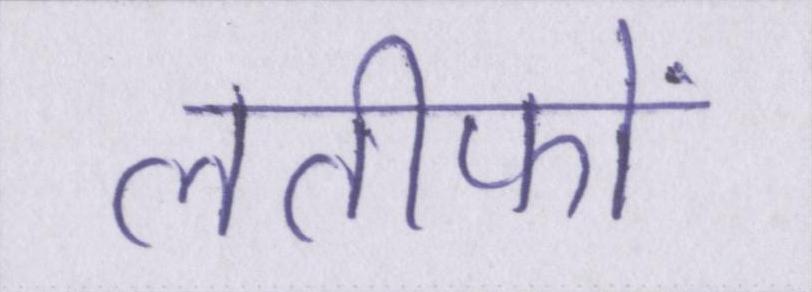
लतीफों